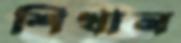
শিখান